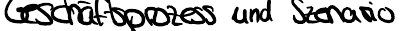
Geschäftsprozess und Szenario